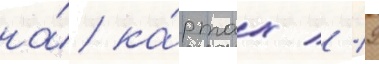
на́ ка́ртах // 9